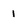
Character: 1